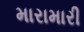
મારામારી